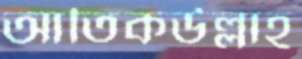
আতিকউল্লাহ